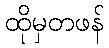
ထိုမှတဖန်